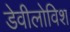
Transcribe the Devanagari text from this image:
डेवीलोविश